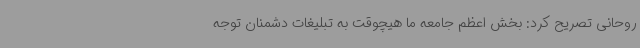
روحانی تصریح کرد: بخش اعظم جامعه ما هیچوقت به تبلیغات دشمنان توجه